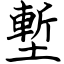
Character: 塹